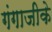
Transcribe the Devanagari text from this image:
गंगाजीके